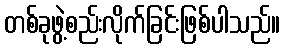
တစ်ခုဖွဲ့စည်းလိုက်ခြင်းဖြစ်ပါသည်။